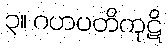
၃။ ဂဟပတိကုဋိ